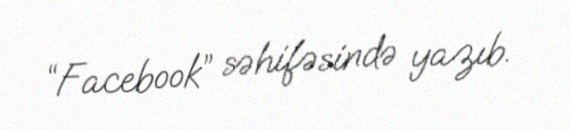
“Facebook” səhifəsində yazıb.